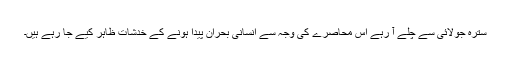
سترہ جولائی سے چلے آ رہے اس محاصرے کی وجہ سے انسانی بحران پیدا ہونے کے خدشات ظاہر کیے جا رہے ہیں۔